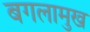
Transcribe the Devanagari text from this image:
बगलामुख